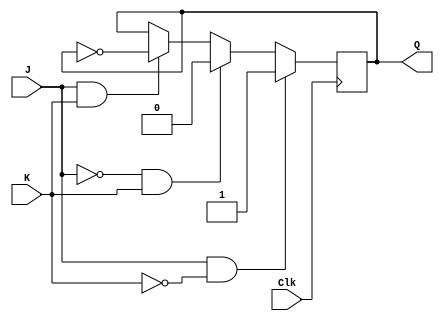
module JKFlipFlop(J, K, Clk, Q);

input J, K, Clk;
//J acts as a set(Data)
//K acts like a Resetn
output reg Q;

always @(posedge Clk)
begin
	if (J == 1'b1 && K == 1'b0)
		Q <= 1'b1;
	else if (J == 1'b0 && K == 1'b1)
		Q <= 1'b0;
	else if (J == 1'b1 && K == 1'b1)
		Q <= ~Q;
	else 
	// J == K == 0
		Q <= Q;
end 

endmodule